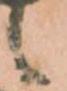
候